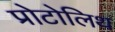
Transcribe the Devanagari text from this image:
प्रोटोलिथ